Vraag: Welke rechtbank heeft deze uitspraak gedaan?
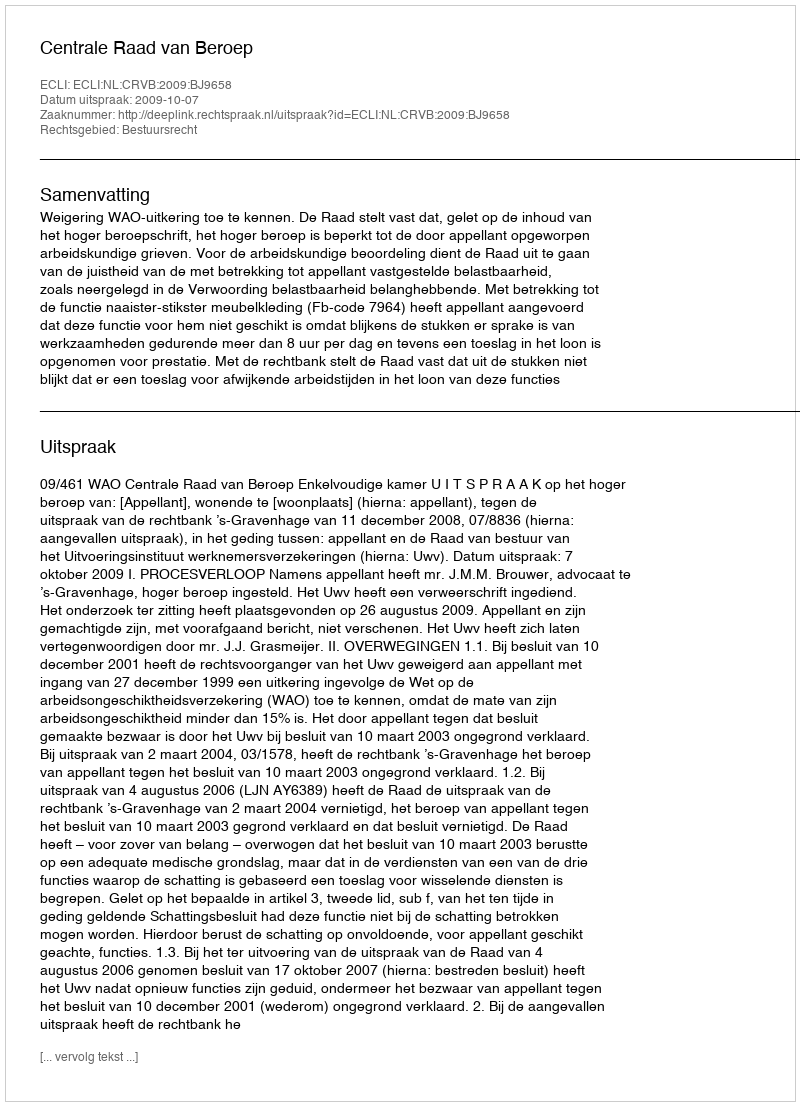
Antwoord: Centrale Raad van Beroep